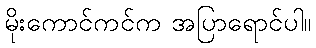
မိုးကောင်ကင်က အပြာရောင်ပါ။